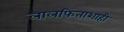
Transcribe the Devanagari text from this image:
लालफिताशाही